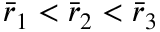
\bar { r } _ { 1 } < \bar { r } _ { 2 } < \bar { r } _ { 3 }